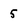
Character: 5